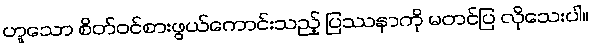
ဟူသော စိတ်ဝင်စားဖွယ်ကောင်းသည့် ပြဿနာကို မတင်ပြ လိုသေးပါ။